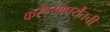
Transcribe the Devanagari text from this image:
करण्यापर्यंतची